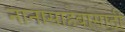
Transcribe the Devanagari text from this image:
नानासाहेबांसाठी